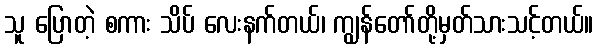
သူ ပြောတဲ့ စကား သိပ် လေးနက်တယ်၊ ကျွန်တော်တို့မှတ်သားသင့်တယ်။